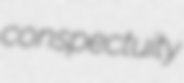
conspectuity